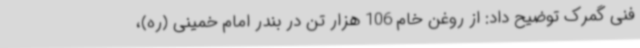
فنی گمرک توضیح داد: از روغن خام 106 هزار تن در بندر امام خمینی (ره)،